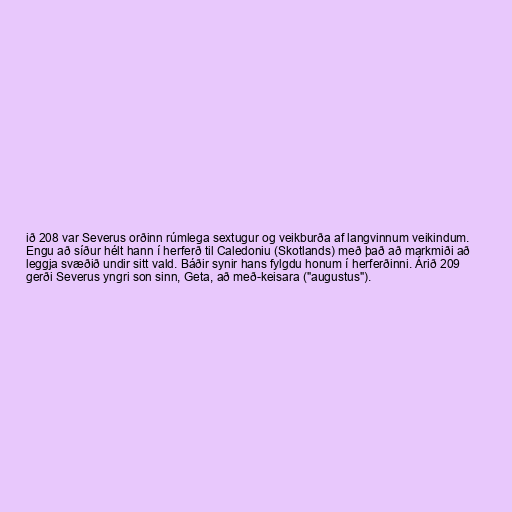
ið 208 var Severus orðinn rúmlega sextugur og veikburða af langvinnum veikindum.
Engu að síður hélt hann í herferð til Caledoniu (Skotlands) með það að markmiði að
leggja svæðið undir sitt vald. Báðir synir hans fylgdu honum í herferðinni. Árið 209
gerði Severus yngri son sinn, Geta, að með-keisara ("augustus").